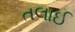
તલાઈ